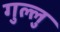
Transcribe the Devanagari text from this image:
गुल्लु